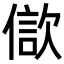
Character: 𣣢